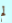
لم